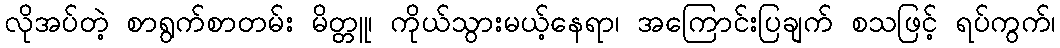
လိုအပ်တဲ့ စာရွက်စာတမ်း မိတ္တူ၊ ကိုယ်သွားမယ့်နေရာ၊ အကြောင်းပြချက် စသဖြင့် ရပ်ကွက်၊